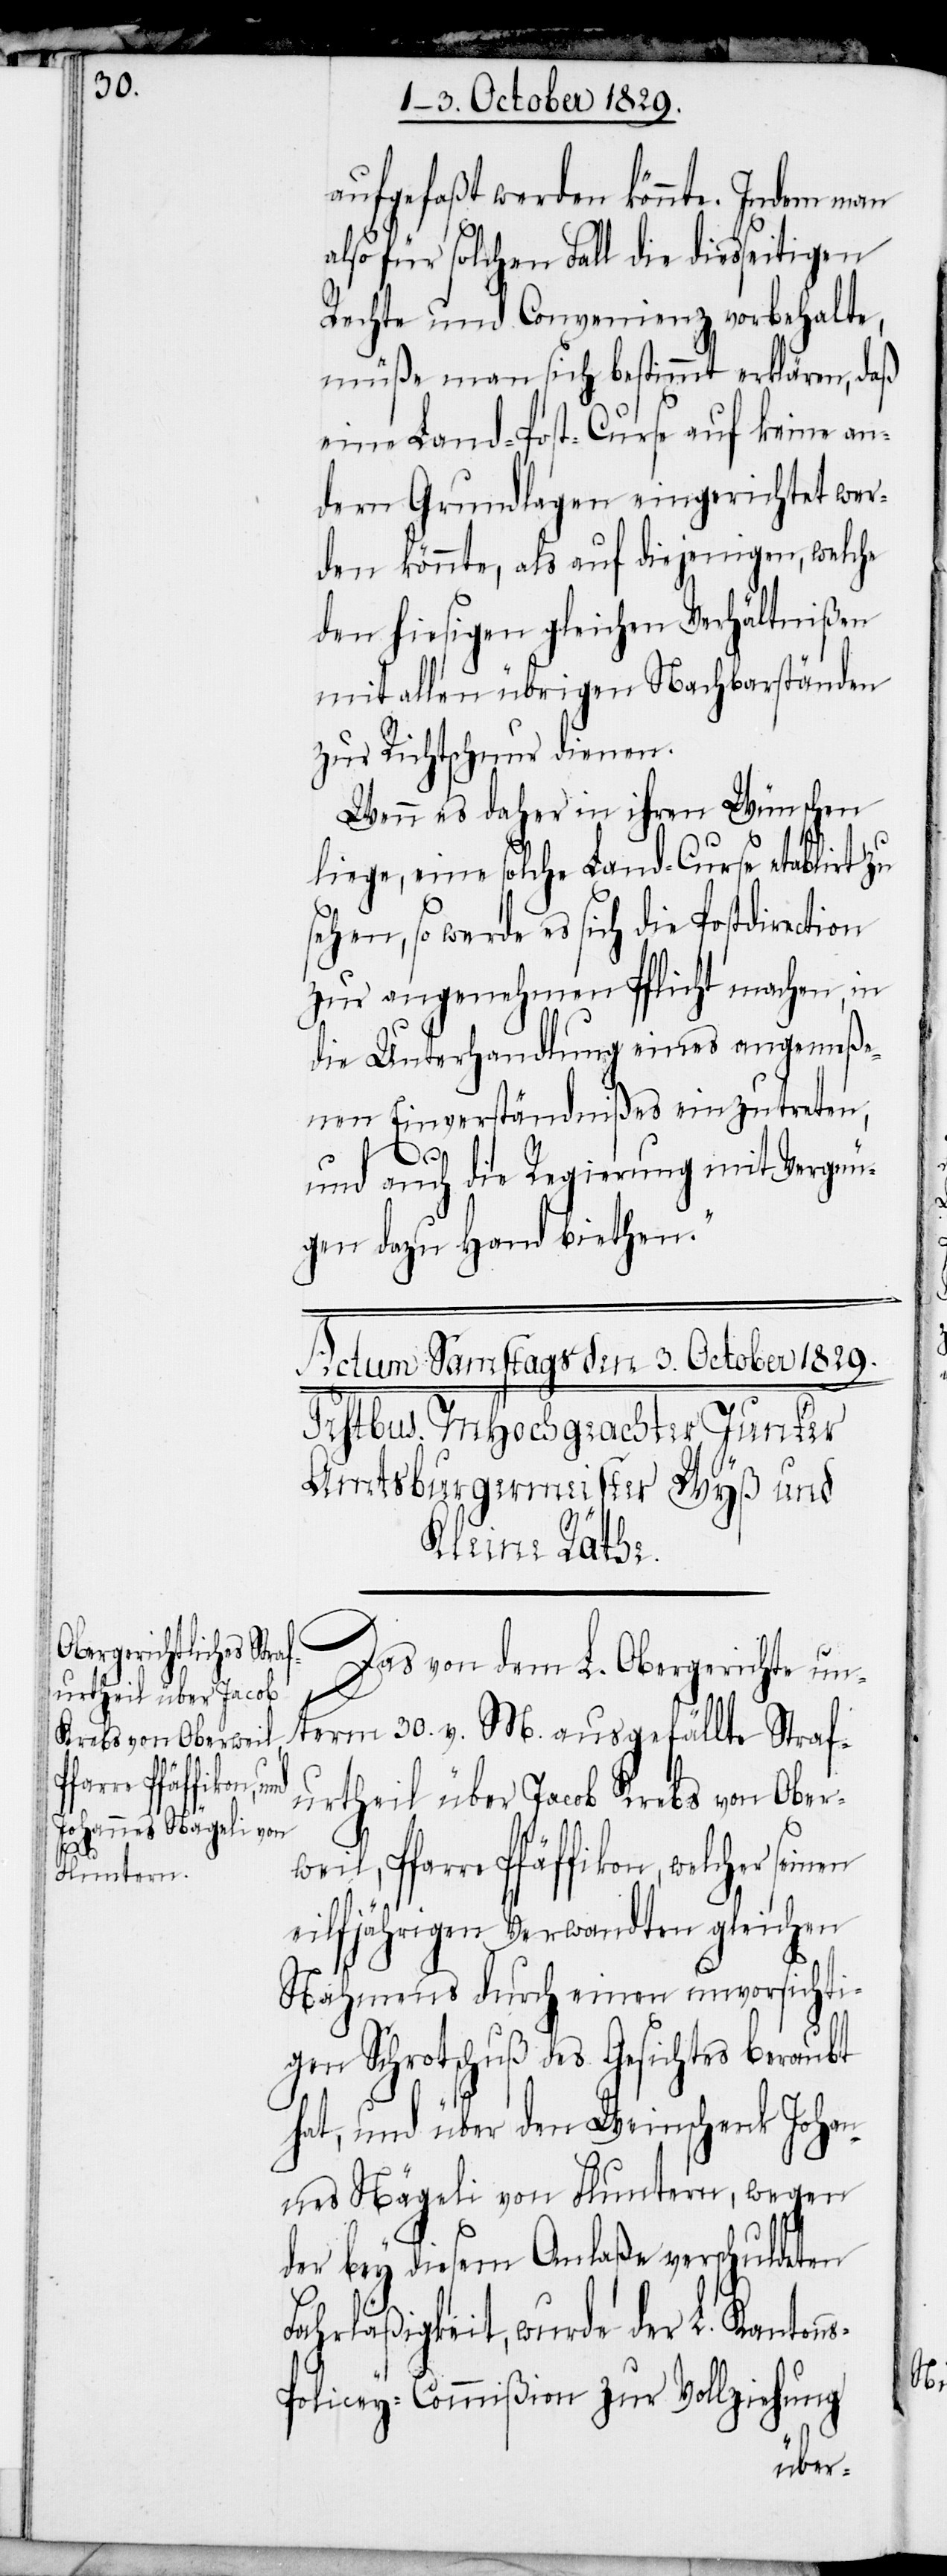
urtheil über Jacob
Krebs von Oberwei¬
farre Pfäffikon,

aufgefaßt werden könnte. Indem man
also für solchen Fall die diesseitigen
Rechte und Convenienz vorbehalte,
müße man sich bestimmt erklären, daß
eine Land-Post-Curse auf keinen an¬
dern Grundlagen eingerichtet wer¬
den könnte, als auf diejenigen, welche
den hiesigen gleichen Verhältnißen
mit allen übrigen Nachbarständen
zur Richtschnur dienen.
Wenn es daher in ihren Wünschen
liege, eine solche Land-Curse etablirt zu
sehen, so werde es sich die Postdirection
zur angenehmen Pflicht machen, in
die Unterhandlung eines angemeße¬
nen Einverständnißes einzutreten,
und auch die Regierung mit Vergnü¬
gen dazu Hand biethen.“
Das von dem L. Obergerichte un¬
term 30.v. M. ausgefällte Straf¬
eilfjährigen Verwandten gleichen
Nahmens durch einen unvorsichti¬
gen Schrotschuß des Gesichtes beraubt
hat, und über den Weinschenk Johan¬
nes Nägeli von Fluntern, wegen
der bey diesem Anlaße verschuldeten
Fahrläßigkeit, wurde der L. Kanton¬
s-Policey-Commißion zur Vollziehung

seinen

P¬